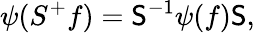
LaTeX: \psi(S^{+}f)={\sf{S}}^{-1}\psi(f){\sf{S}},